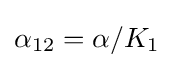
\alpha _{12}=\alpha /K_{1}